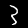
Digit: 3